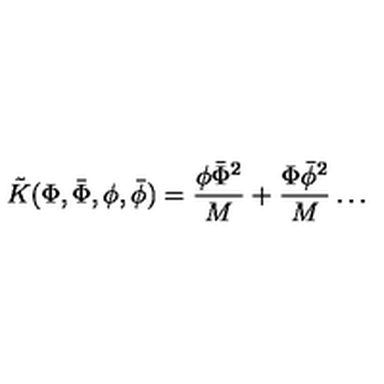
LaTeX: \tilde { K } ( \Phi , \bar { \Phi } , \phi , \bar { \phi } ) = \frac { \phi \bar { \Phi } ^ { 2 } } { M } + \frac { \Phi \bar { \phi } ^ { 2 } } { M } \ldots